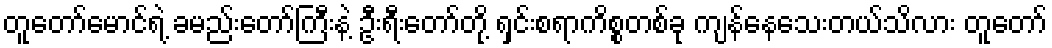
တူတော်မောင်ရဲ့ ခမည်းတော်ကြီးနဲ့ ဦးရီးတော်တို့ ရှင်းစရာကိစ္စတစ်ခု ကျန်နေသေးတယ်သိလား တူတော်